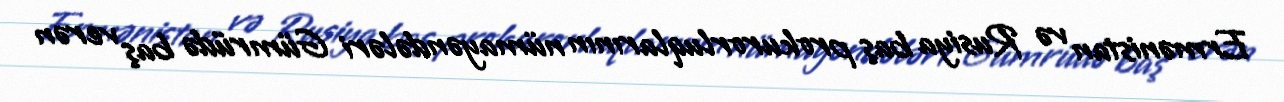
Ermənistan və Rusiya baş prokurorluqlarının nümayəndələri Gümrüdə baş verən